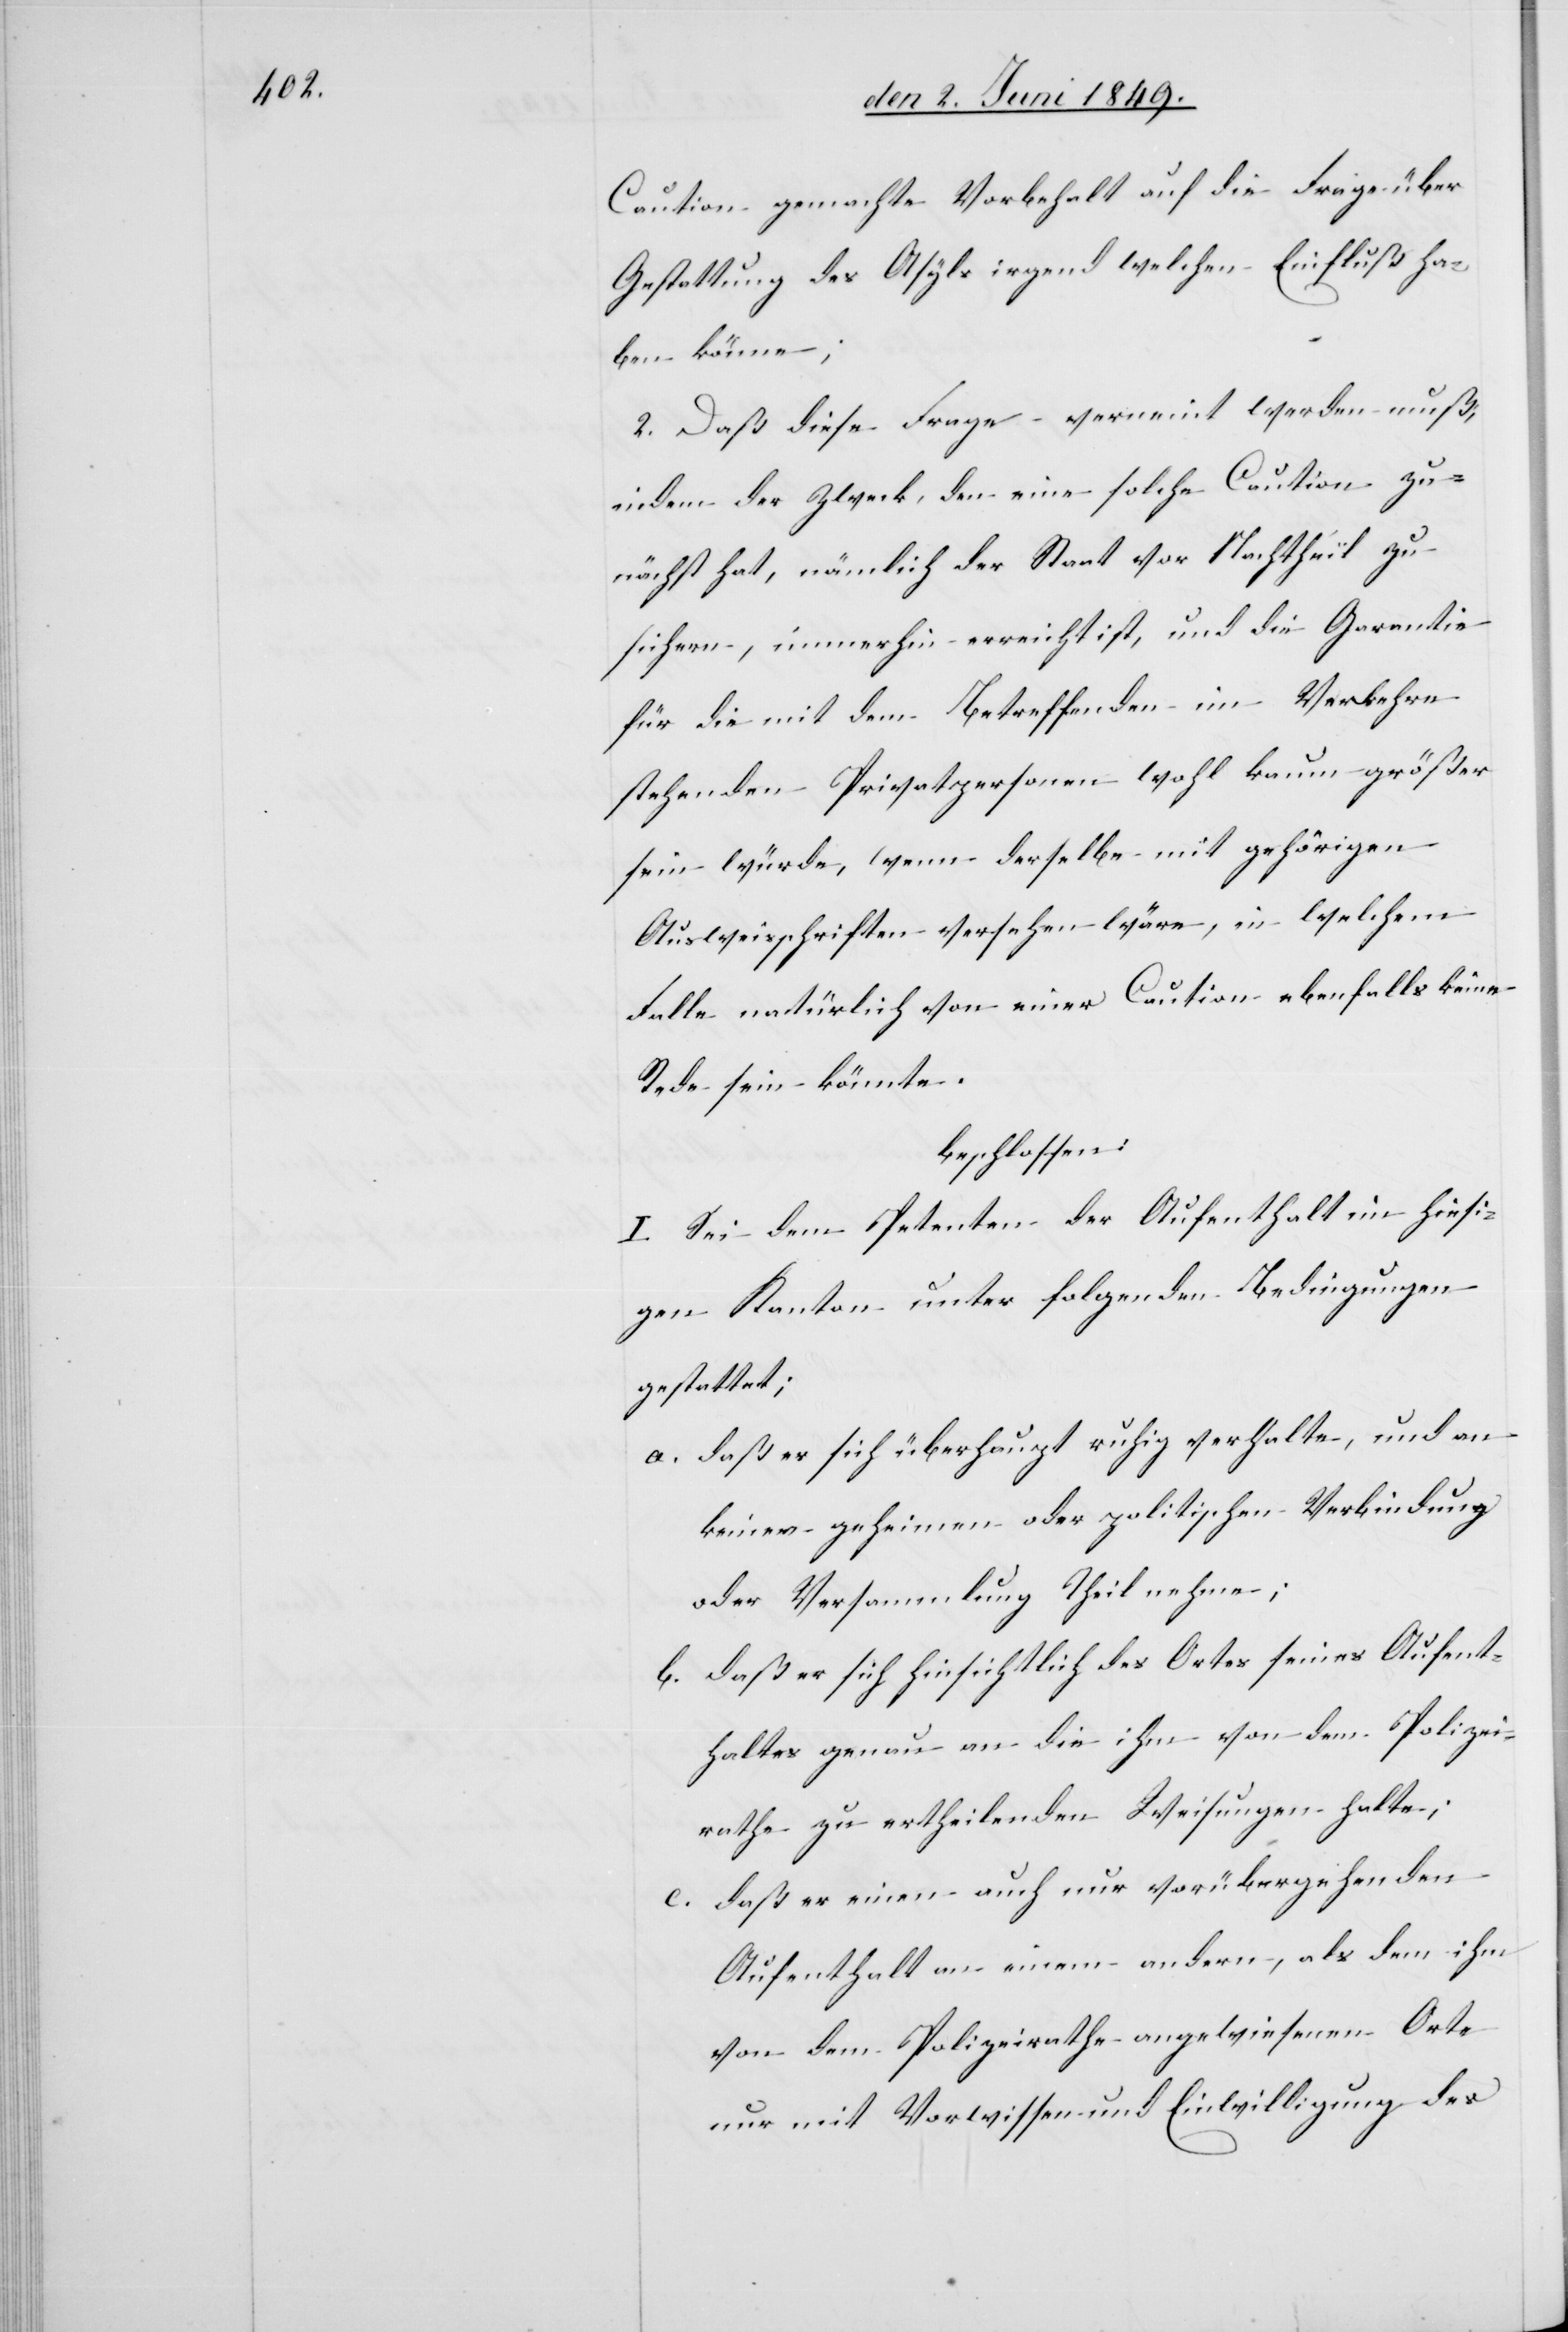
Caution gemachte Vorbehalt auf die Frage über
Gestattung des Asyls irgend welchen Einfluß ha¬
ben könne;
2. Daß diese Frage verneint werden muß,
indem der Zweck, den eine solche Caution zu¬
nächst hat, nämlich der Staat vor Nachtheil zu
sichern, immerhin erreicht ist, und die Garantie
für die mit dem Betreffenden im Verkehre
stehenden Privatpersonen wohl kaum größer
sein würde, wenn derselbe mit gehörigen
Ausweisschriften versehen wäre, in welchem
Falle natürlich von einer Caution ebenfalls keine
Rede sein könnte.
beschlossen:
I. Sei dem Petenten der Aufenthalt im hiesi¬
gen Kanton unter folgenden Bedingungen
gestattet;
a. daß er sich überhaupt ruhig verhalte, und an
keiner geheimen oder politischen Verbindung
oder Versammlung Theil nehme;
b. daß er sich hinsichtlich des Ortes seines Aufent¬
haltes genau an die ihm von dem Polizei¬
rathe zu ertheilenden Weisungen halte;
c. daß er einen auch nur vorübergehenden
Aufenthalt an einem andern, als dem ihm
von dem Polizeirathe angewiesenen Orte
nur mit Vorwissen und Einwilligung des